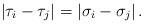
LaTeX: \begin{align*} \left|\tau_{i}-\tau_{j}\right|=\left|\sigma_{i}-\sigma_{j}\right|. \end{align*}